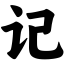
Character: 记